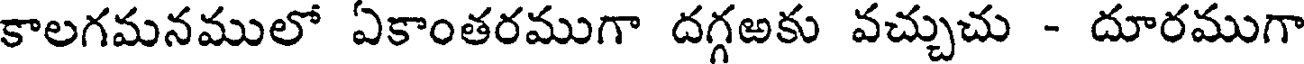
కాలగమనములో ఏకాంతరముగా దగ్గఱకు వచ్చుచు - దూరముగా